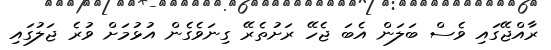
ރާއްޖޭގައި ވެސް ބަލަން އެބަ ޖެހޭ ރަށުތެރޭ ގިނަވެގެން އުޅުމަށް ވުރެ ޖަލުގައި